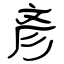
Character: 彥